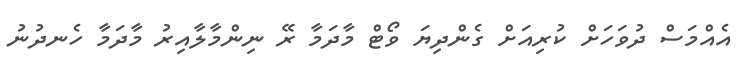
އެއްމަސް ދުވަހަށް ކުރިއަށް ގެންދިޔަ ވޯޓް މާދަމާ ރޭ ނިންމާލާއިރު މާދަމާ ހެނދުނު